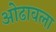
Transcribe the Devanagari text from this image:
ओढावला